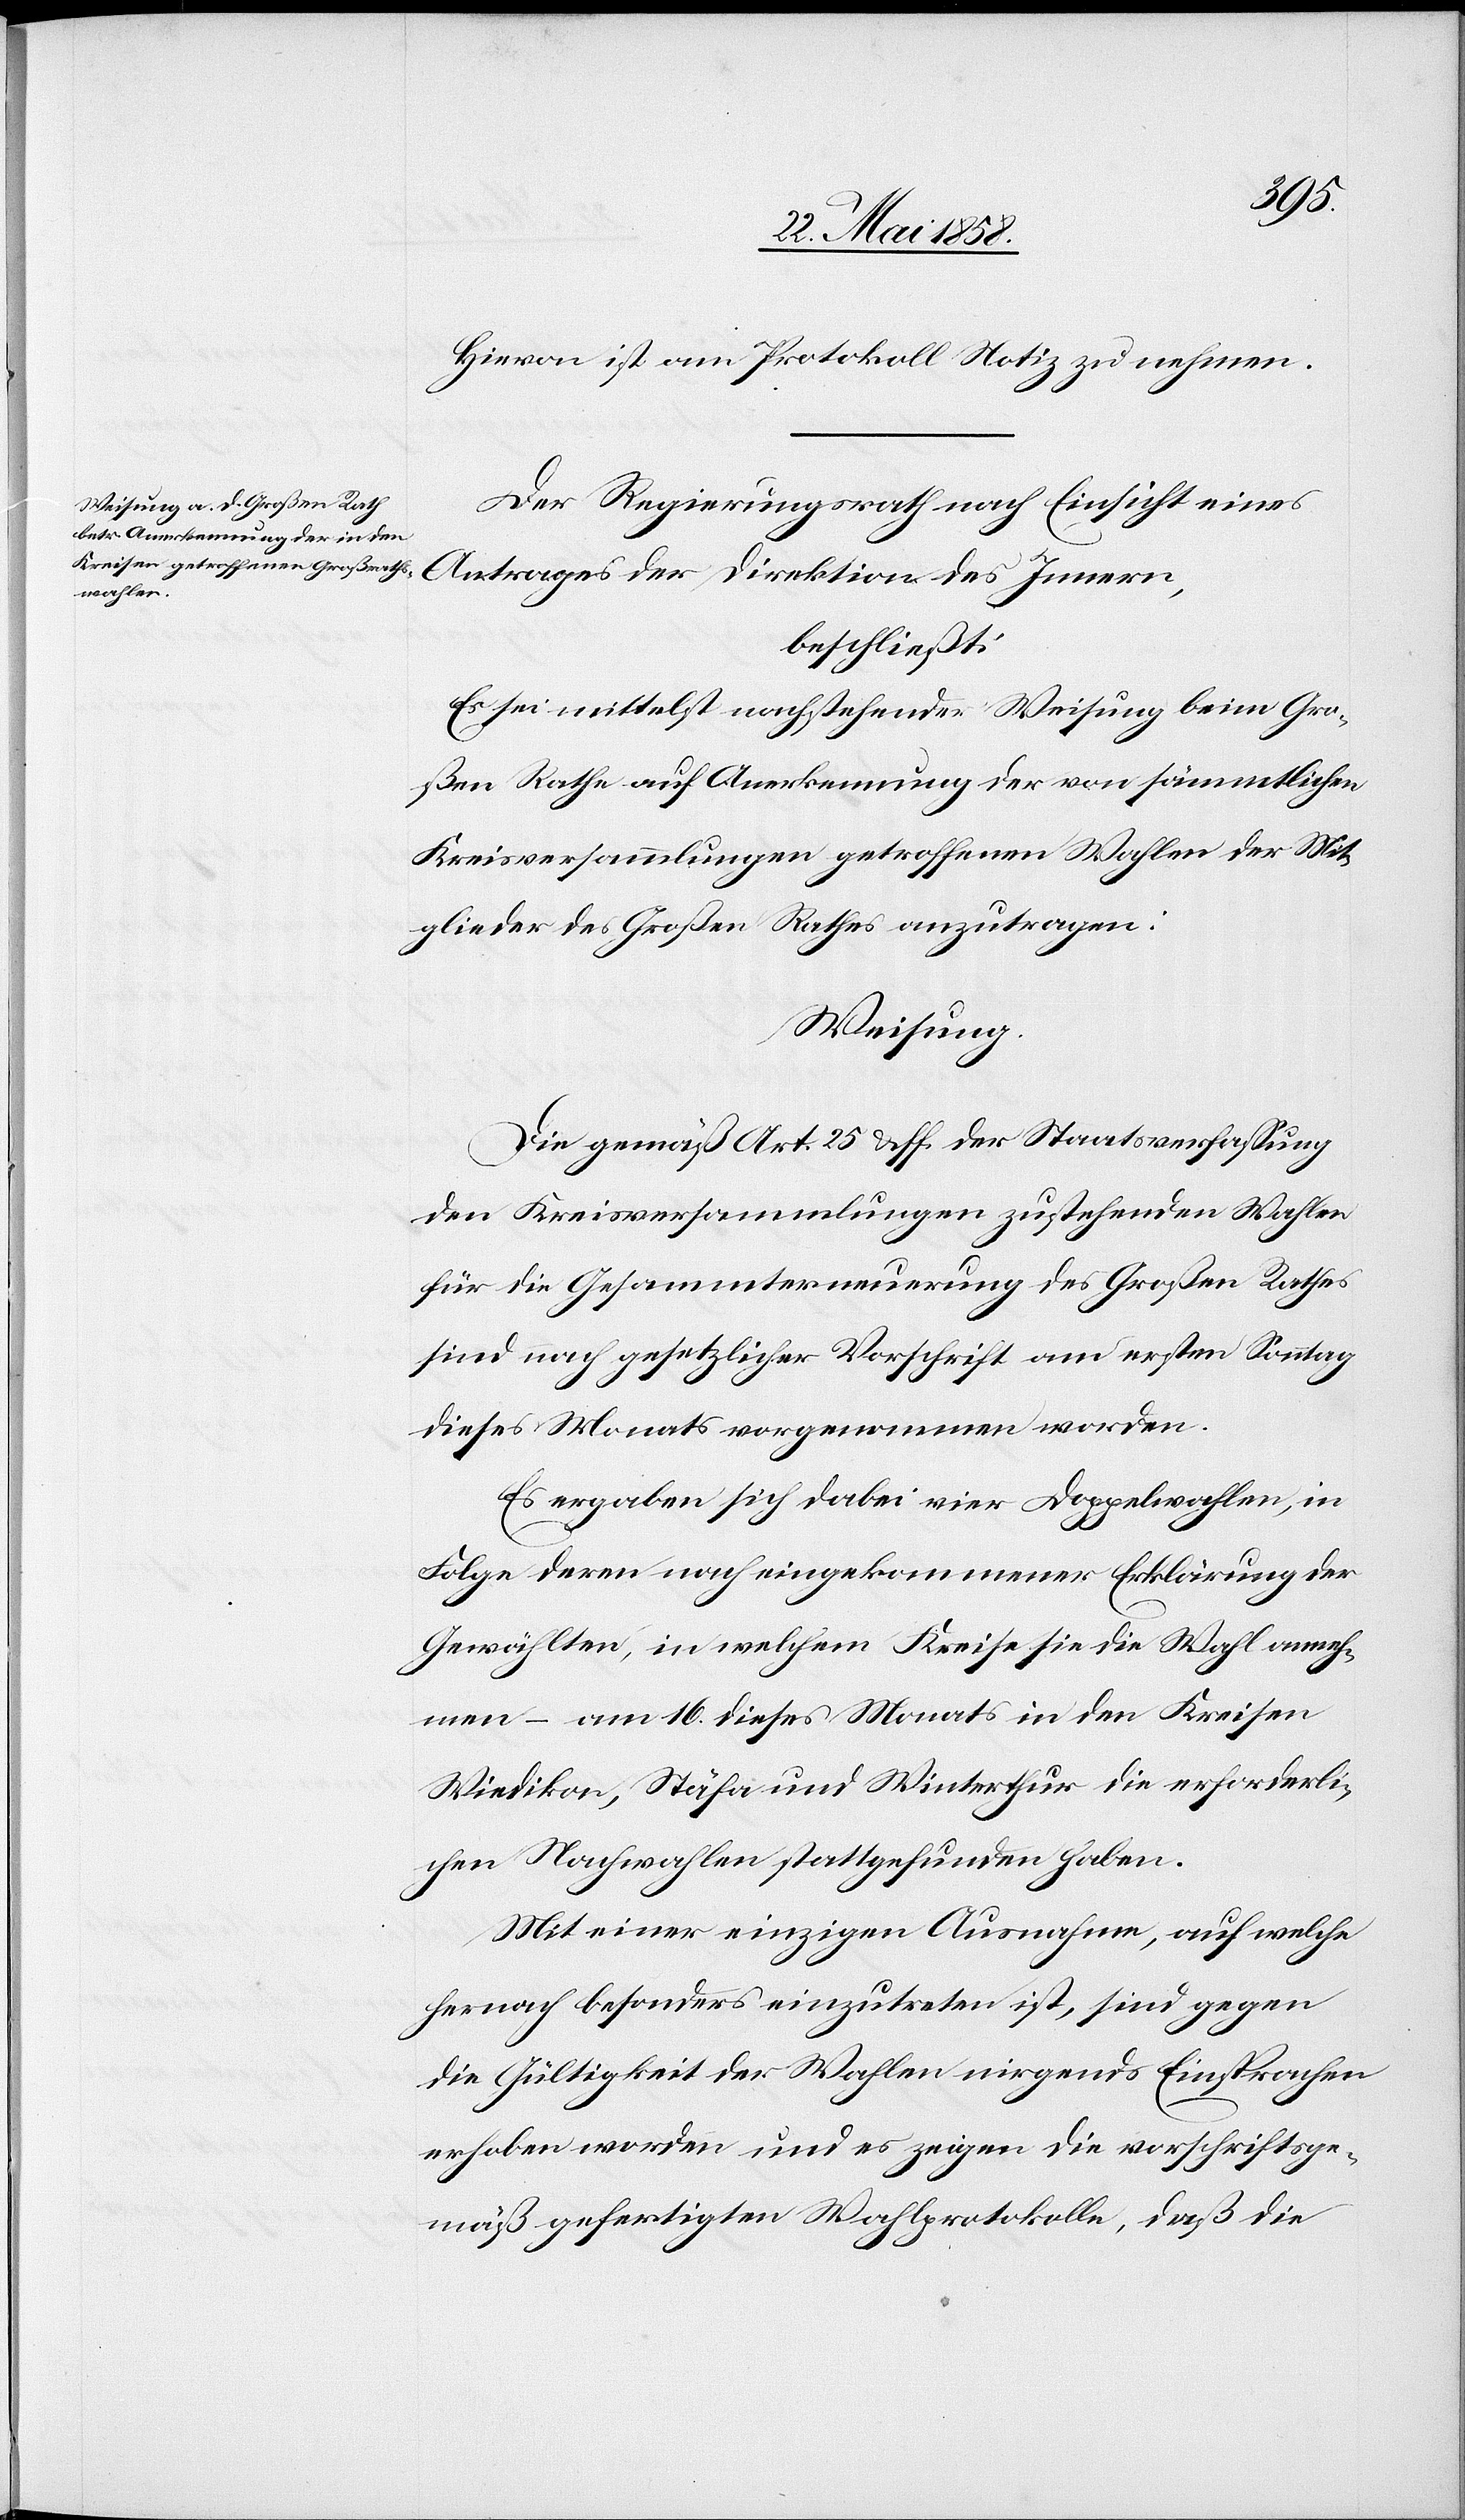
Hievon ist am Protokoll Notiz zu nehmen.
Der Regierungsrath nach Einsicht eines
nern,
beschließt:
Es sei mittelst nachstehender Weisung beim Gro¬
ßen Rathe auf Anerkennung der von sämmtlichen
Kreisversammlungen getroffenen Wahlen der Mit¬
glieder des Großen Rathes anzutragen:
Weisung
Die Gemäß Art. 25 u. ff. der Staatsverfassung
den Kreisversammlungen zustehenden Wahlen
für die Gesammterneuerung des Großen Rathes
sind nach gesetzlicher Vorschrift am ersten Sonntag
dieses Monats vorgenommen worden.
Es ergaben sich dabei vier Doppelwahlen, in
Folge deren nach eingekommener Erklärung der
Gewählten, in welchem Kreise sie die Wahl anneh¬
men – am 16. dieses Monats in den Kreisen
Wiedikon, Stäfa und Winterthur die erforderli¬
chen Nachwahlen stattgefunden haben.
Mit einer einzigen Ausnahme, auf welche
hernach besonders einzutreten ist, sind gegen
die Gültigkeit der Wahlen nirgends Einsprachen
erhoben worden und es zeigen die vorschriftsge¬
mäß gefertigten Wahlprotokolle, daß die